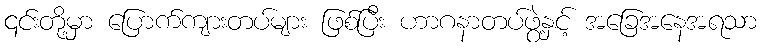
၎င်းတို့မှာ ပြောက်ကျားတပ်များ ဖြစ်ပြီး ဟာဂနာတပ်ဖွဲ့နှင့် အခြေအနေအရသာ